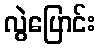
လွဲပြောင်း